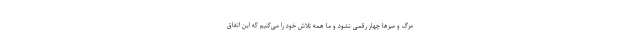
مرگ و میرها چهار رقمی نشود و ما همه تلاش خود را می‌کنیم که این اتفاق